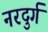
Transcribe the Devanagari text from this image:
नरदुर्ग